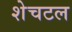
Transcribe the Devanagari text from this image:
शेचटल